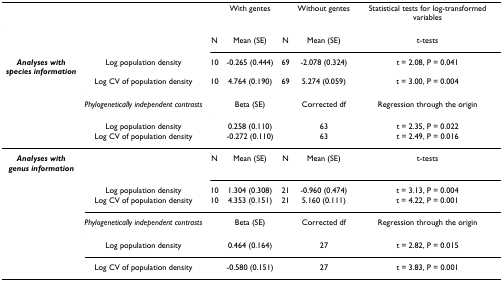
<table><thead><tr><td></td><td></td><td colspan="3"><b>With gentes</b></td><td><b>Without gentes</b></td><td><b>Statistical tests for log-transformed variables</b></td></tr></thead><tbody><tr><td></td><td></td><td>N</td><td>Mean (SE)</td><td>N</td><td>Mean (SE)</td><td>t-tests</td></tr><tr><td><b><i>Analyses with</i></b><b><i>species information</i></b></td><td>Log population density</td><td>10</td><td>-0.265 (0.444)</td><td>69</td><td>-2.078 (0.324)</td><td>t = 2.08, P = 0.041</td></tr><tr><td></td><td>Log CV of population density</td><td>10</td><td>4.764 (0.190)</td><td>69</td><td>5.274 (0.059)</td><td>t = 3.00, P = 0.004</td></tr><tr><td></td><td><i>Phylogenetically independent contrasts</i></td><td></td><td>Beta (SE)</td><td></td><td>Corrected df</td><td>Regression through the origin</td></tr><tr><td></td><td>Log population density</td><td></td><td>0.258 (0.110)</td><td></td><td>63</td><td>t = 2.35, P = 0.022</td></tr><tr><td></td><td>Log CV of population density</td><td></td><td>-0.272 (0.110)</td><td></td><td>63</td><td>t = 2.49, P = 0.016</td></tr><tr><td><b><i>Analyses with</i></b><b><i>genus information</i></b></td><td></td><td>N</td><td>Mean (SE)</td><td>N</td><td>Mean (SE)</td><td>t-tests</td></tr><tr><td></td><td>Log population density</td><td>10</td><td>1.304 (0.308)</td><td>21</td><td>-0.960 (0.474)</td><td>t = 3.13, P = 0.004</td></tr><tr><td></td><td>Log CV of population density</td><td>10</td><td>4.353 (0.151)</td><td>21</td><td>5.160 (0.111)</td><td>t = 4.22, P = 0.001</td></tr><tr><td></td><td><i>Phylogenetically independent contrasts</i></td><td></td><td>Beta (SE)</td><td></td><td>Corrected df</td><td>Regression through the origin</td></tr><tr><td></td><td>Log population density</td><td></td><td>0.464 (0.164)</td><td></td><td>27</td><td>t = 2.82, P = 0.015</td></tr><tr><td></td><td>Log CV of population density</td><td></td><td>-0.580 (0.151)</td><td></td><td>27</td><td>t = 3.83, P = 0.001</td></tr></tbody></table>